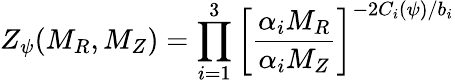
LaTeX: Z_{\psi}(M_{R},M_{Z})=\prod_{i=1}^{3}\left[\frac{\alpha_{i}{M_{R}}}{\alpha_{i}{M_{Z}}}\right]^{-2C_{i}(\psi)/b_{i}}